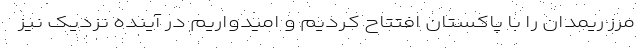
مرز ریمدان را با پاکستان افتتاح کردیم و امیدواریم در آینده نزدیک نیز